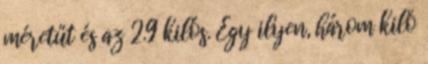
méretűt és az 2.9 kilós. Egy ilyen, három kiló